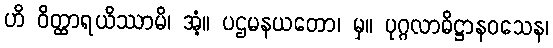
ဟိ ဝိတ္ထာရယိဿာမိ၊ အံ့။ ပဌမနယတော၊ မှ။ ပုဂ္ဂလာဓိဋ္ဌာနဝသေန၊